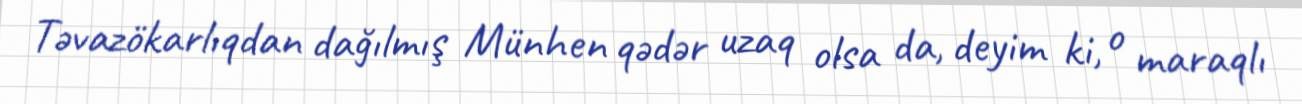
Təvazökarlıqdan dağılmış Münhen qədər uzaq olsa da, deyim ki, o maraqlı